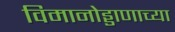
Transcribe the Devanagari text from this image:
विमानोड्डाणाच्या